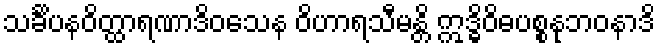
သင်္ခိပနဝိတ္ထာရဏာဒိဝသေန ဝိဟာရသီမန္တိ ဣဒ္ဓိဝိဓပစ္စနုဘဝနာဒိ